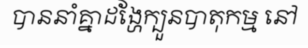
បាននាំគ្នាដង្ហែក្បួនបាតុកម្ម នៅ